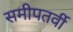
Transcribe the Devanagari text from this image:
समीपतर्वी